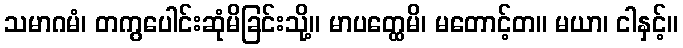
သမာဂမံ၊ တကွပေါင်းဆုံမိခြင်းသို့။ မာပတ္ထေမိ၊ မတောင့်တ။ မယာ၊ ငါနှင့်။